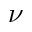
\nu